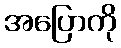
အပြောကို